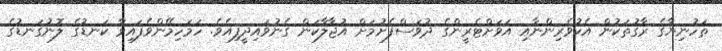
ތަހުނިޔާގެ ރާގުތަކުން އެކުވެރިންނާއި އަވަށްޓެރީންގެ ދުވަސްފެށުމަށް އުޖާލާކަން ގެނުވައިދީފިއެވެ. ހަމަހިމޭންވެފައިވާ ކަނޑުގެ ލޮނުގަނޑުގެ